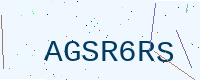
Text: AGSR6RS